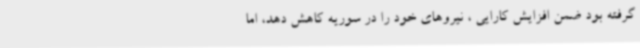
گرفته بود ضمن افزایش کارایی ، نیروهای خود را در سوریه کاهش دهد، اما